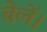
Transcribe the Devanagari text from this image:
बेलें।